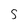
Character: S